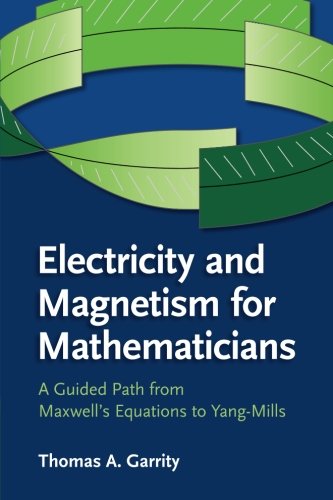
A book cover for Electricity and Magnetism for Mathematicians: A Guided Path from Maxwell's Equations to Yang-Mills; Thomas A. Garrity; Science & Math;